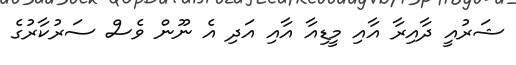
ޝަރުއީ ދާއިރާ އާއި މީޑިއާ އާއި އަދި އެ ނޫން ވެސް ސަރުކާރުގެ